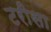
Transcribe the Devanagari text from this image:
टरीसा